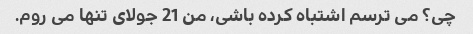
چی؟ می ترسم اشتباه کرده باشی، من 21 جولای تنها می روم.